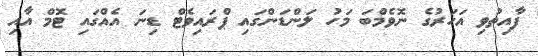
ފާއިތުވި އަހަރުގެ ނޮވެމްބަ މަހު ލަންޑަންގައި ޕްރައިވެޓް ޑިނަ އެއްގައި ޓޮމް އާއި